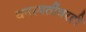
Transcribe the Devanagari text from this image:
वनस्पतींवरही